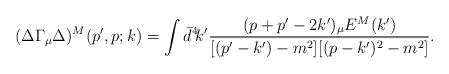
LaTeX: \begin{align*}(\Delta\Gamma_\mu\Delta)^M(p',p;k)=\int \bar{d}^4\!k' \frac{(p+p'-2k')_\mu E^M(k')}{[(p'-k')-m^2][(p-k')^2-m^2]}.\end{align*}